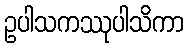
ဥပါသကဿုပါသိကာ